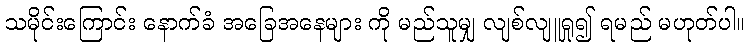
သမိုင်းကြောင်း နောက်ခံ အခြေအနေများ ကို မည်သူမျှ လျစ်လျူရှု၍ ရမည် မဟုတ်ပါ။